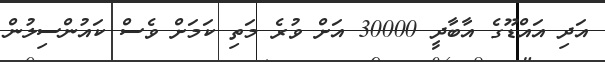
އަދި އައްޑޫގެ އާބާދީ 30000 އަށް ވުރެ މަތި ކަމަށް ވެސް ކައުންސިލުން